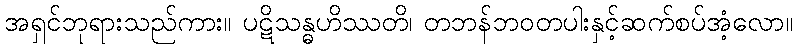
အရှင်ဘုရားသည်ကား။ ပဋိသန္ဓဟိဿတိ၊ တဘန်ဘဝတပါးနှင့်ဆက်စပ်အံ့လော။